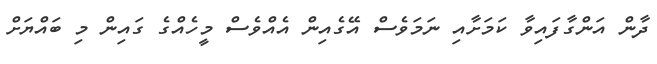
ދާން އަންގާފައިވާ ކަމަށާއި ނަމަވެސް އޭގެއިން އެއްވެސް މީހެއްގެ ގައިން މި ބައްޔަށް